65_HS1-834228961_62-HQ-83894_Section_8
Agency: FBI
Page 118
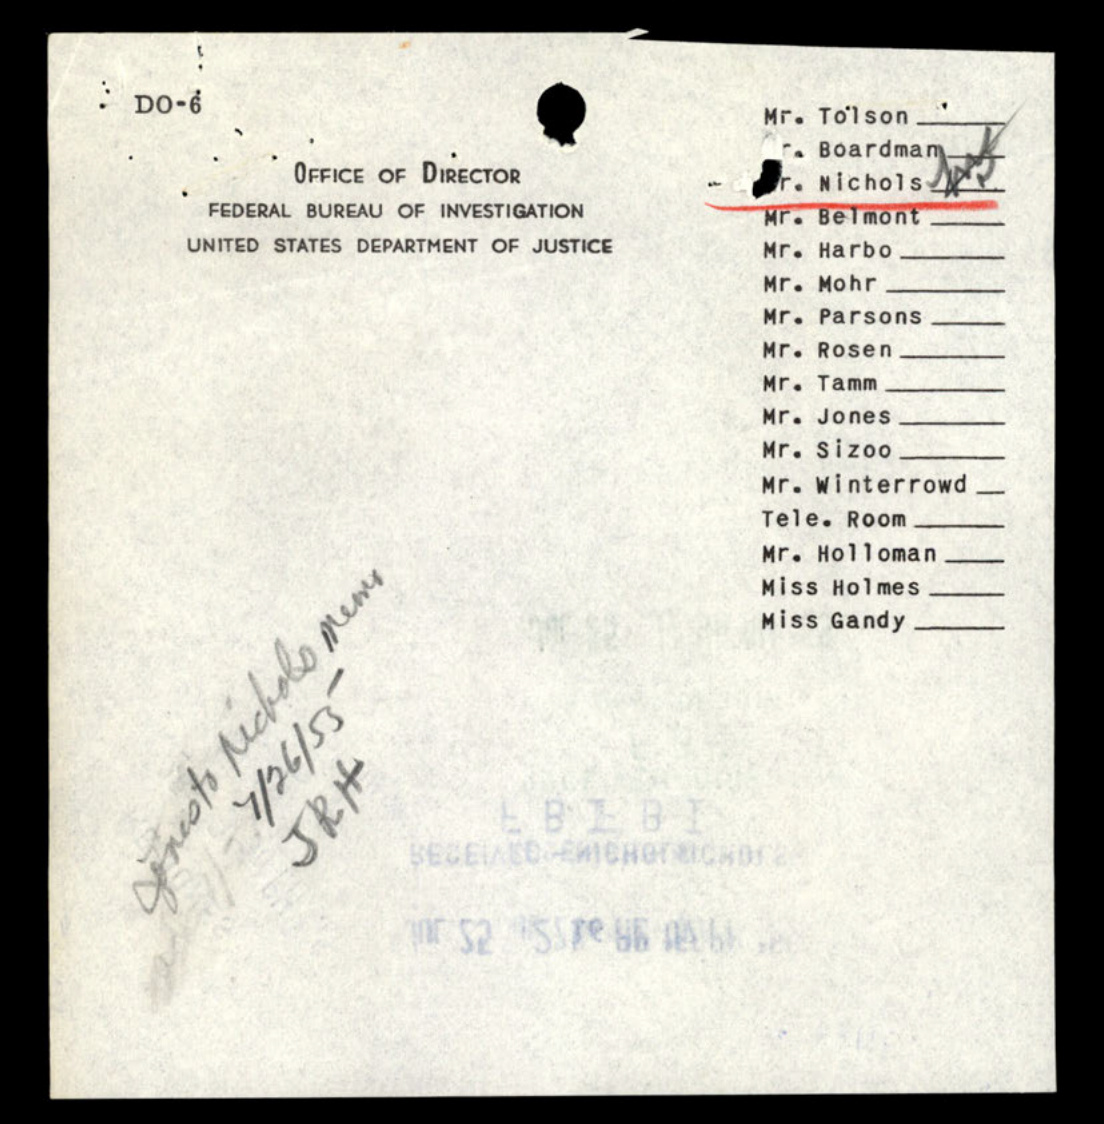